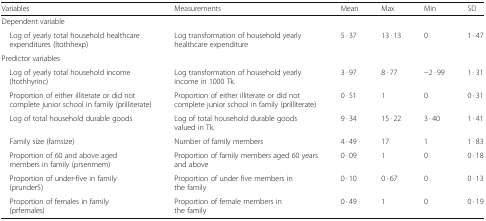
<table><thead><tr><td><b>Variables</b></td><td><b>Measurements</b></td><td><b>Mean</b></td><td><b>Max</b></td><td><b>Min</b></td><td><b>SD</b></td></tr></thead><tbody><tr><td colspan="6">Dependent variable</td></tr><tr><td> Log of yearly total household healthcare expenditures (ltothhexp)</td><td>Log transformation of household yearly healthcare expenditure</td><td>5 · 37</td><td>13 · 13</td><td>0</td><td>1 · 47</td></tr><tr><td colspan="6">Predictor variables</td></tr><tr><td> Log of yearly total household income (ltothhyrinc)</td><td>Log transformation of household yearly income in 1000 Tk.</td><td>3 · 97</td><td>8 · 77</td><td>−2 · 99</td><td>1 · 31</td></tr><tr><td> Proportion of either illiterate or did not complete junior school in family (prilliterate)</td><td>Proportion of either illiterate or did not complete junior school in family (prilliterate)</td><td>0 · 51</td><td>1</td><td>0</td><td>0 · 31</td></tr><tr><td> Log of total household durable goods</td><td>Log of total household durable goods valued in Tk.</td><td>9 · 34</td><td>15 · 22</td><td>3 · 40</td><td>1 · 41</td></tr><tr><td> Family size (famsize)</td><td>Number of family members</td><td>4 · 49</td><td>17</td><td>1</td><td>1 · 83</td></tr><tr><td> Proportion of 60 and above aged members in family (prsenmem)</td><td>Proportion of family members aged 60 years and above</td><td>0 · 09</td><td>1</td><td>0</td><td>0 · 18</td></tr><tr><td> Proportion of under-five in family (prunder5)</td><td>Proportion of under five members in the family</td><td>0 · 10</td><td>0 · 67</td><td>0</td><td>0 · 13</td></tr><tr><td> Proportion of females in family (prfemales)</td><td>Proportion of female members in the family</td><td>0 · 49</td><td>1</td><td>0</td><td>0 · 19</td></tr></tbody></table>